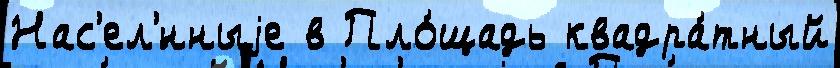
Нас'ел'́нныjе в Пло́щадь квадра́тный